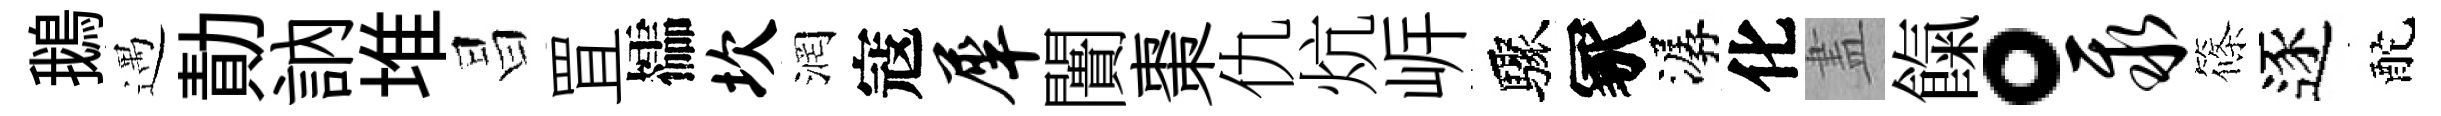
鵝遇勣訥堆昌罝櫺坎润寇犀闠棗仇炕㟁驟冢潺化𥁞餼。聚篠逐酡